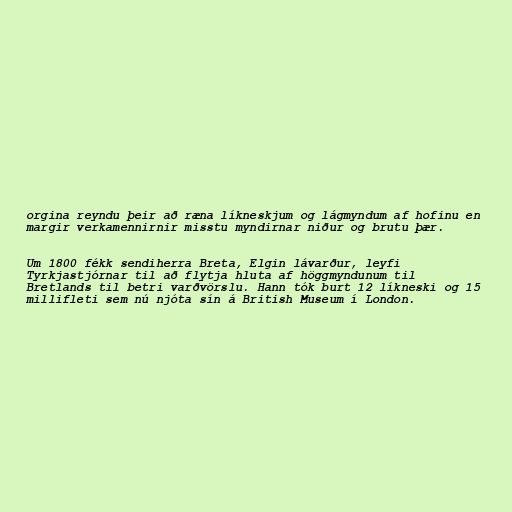
orgina reyndu þeir að ræna líkneskjum og lágmyndum af hofinu en
margir verkamennirnir misstu myndirnar niður og brutu þær.

Um 1800 fékk sendiherra Breta, Elgin lávarður, leyfi
Tyrkjastjórnar til að flytja hluta af höggmyndunum til
Bretlands til betri varðvörslu. Hann tók burt 12 líkneski og 15
millifleti sem nú njóta sín á British Museum í London.